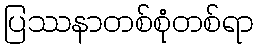
ပြဿနာတစ်စုံတစ်ရာ